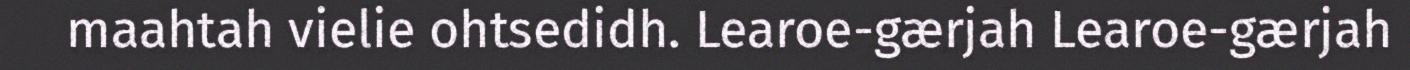
maahtah vielie ohtsedidh. Learoe-gærjah Learoe-gærjah